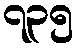
၇၃၅